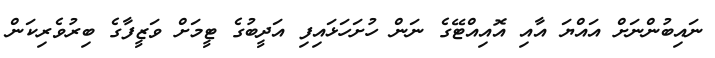
ނައިބުންނަށް އައްޔަ އާއި އޮއިއްޓޭގެ ނަން ހުށަހަޅައިފި އަދީބުގެ ޓީމަށް ވަޒީފާގެ ބިރުވެރިކަން